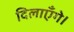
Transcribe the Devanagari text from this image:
दिलाएँगे।